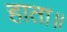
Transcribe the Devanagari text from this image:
हाता॥